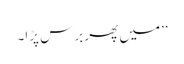
’’میں پھر برس پڑا۔